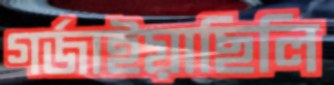
গর্‌জাইয়াছিলি